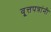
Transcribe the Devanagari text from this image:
वृ्त्तपत्रांनी